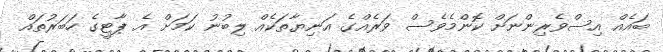
ބައެއް އިސްވެރިންނަށް ކޮންމެވެސް ވަރެއްގެ އަނިޔާތަކެއް ލިބުނު ކަމަށް އެ ޕާޓީގެ ހަބަރުތައް